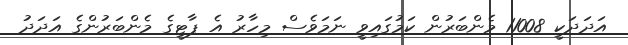
އަދަދަކީ 11008 މެންބަރުން ކަމުގައިވީ ނަމަވެސް މިހާރު އެ ޕާޓީގެ މެންބަރުންގެ އަދަދު